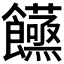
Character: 𮩙